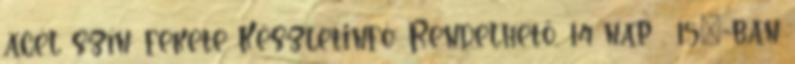
acél szín: fekete Készletinfó: Rendelhető, 14 nap . 15°-ban